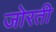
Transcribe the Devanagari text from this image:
जोरती